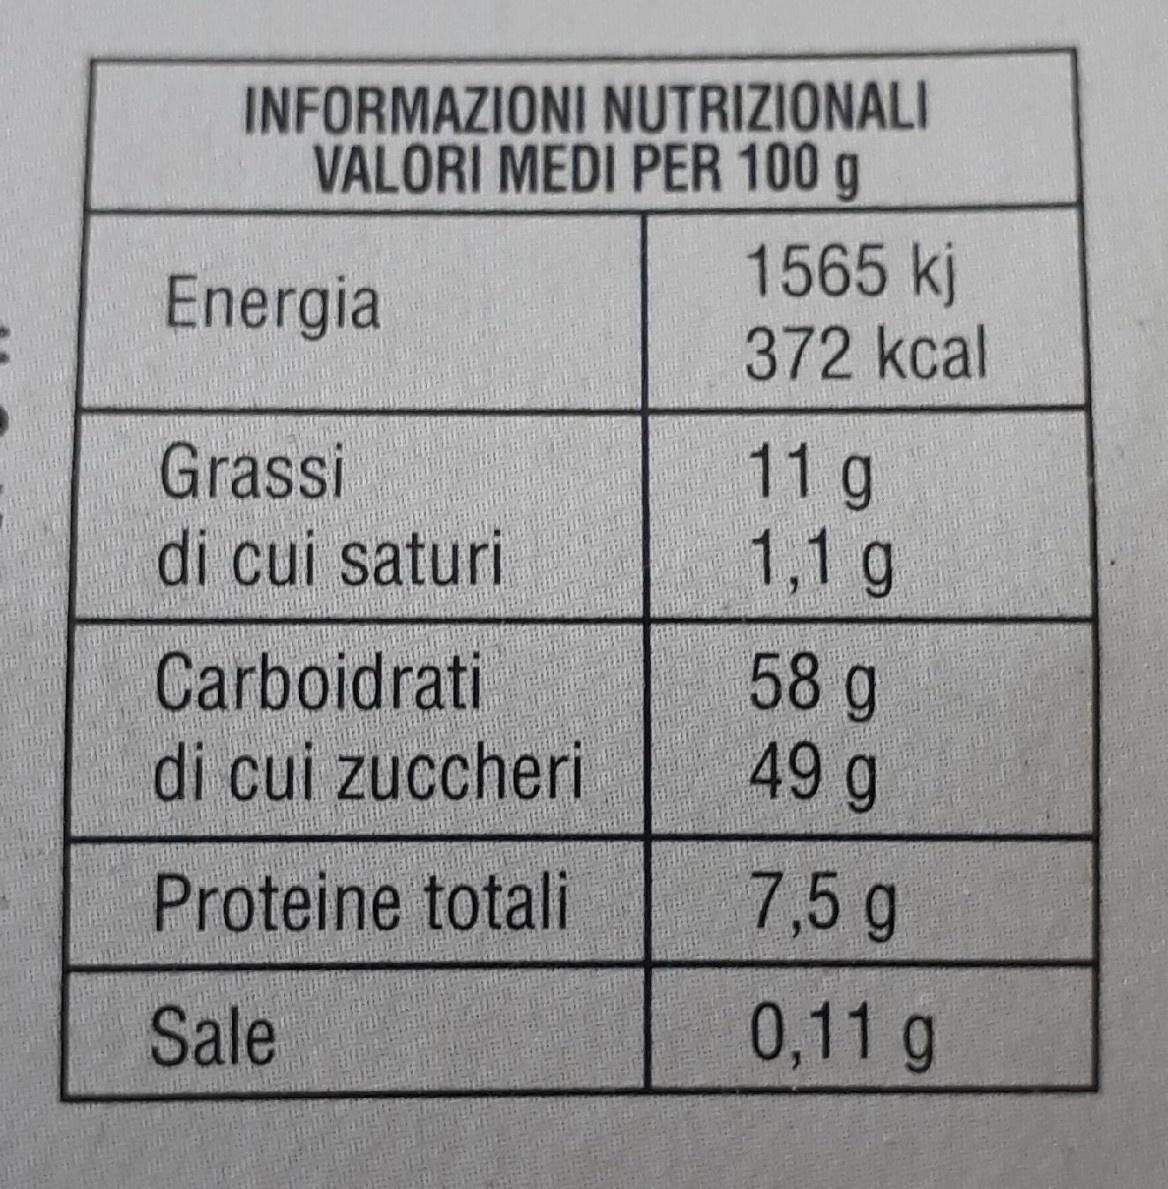
INFORMAZIONI NUTRIZIONALI VALORI MEDI PER 100 g 1565 kj 372 kcal
Energia
11g 1,1g
Grassi
di cui saturi
Carboidrati di cui zuccheri
58 g 49 g
Proteine totali
7,5g
Sale
0,11 g